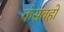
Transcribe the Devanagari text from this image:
कंसवहो